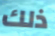
ذلك